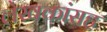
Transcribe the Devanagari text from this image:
लेखकांसह